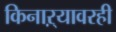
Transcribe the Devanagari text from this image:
किनाऱ्यावरही